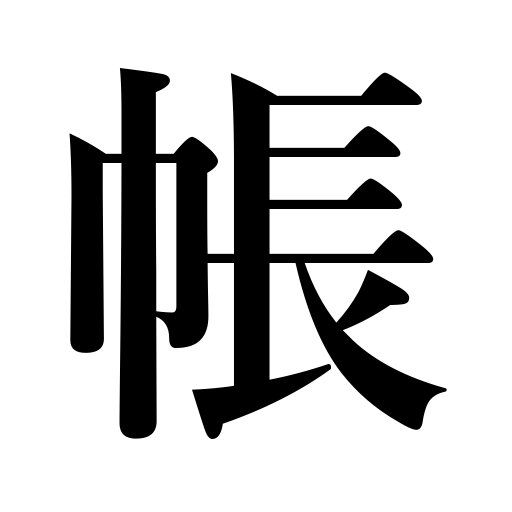
Meanings: register,album,notebook,curtain dividing a room,account book